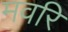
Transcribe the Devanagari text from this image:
मवरि